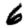
Digit: 6